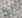
نيمو